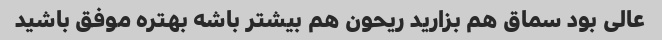
عالی بود سماق هم بزارید ریحون هم بیشتر باشه بهتره موفق باشید